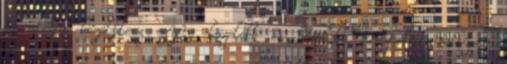
és ahogy közelítesz egyre közelebb és közelebb érezheted milyen